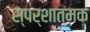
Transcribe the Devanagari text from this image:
स्पर्शात्मक